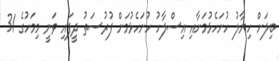
ބިލަށް ހިޔާލު ހުށަހެޅުމަށާއި އިސްލާހު ހުށަހެޅުމަށް ފުރުސަތު ދީފައި ވަނީ މިމަހުގެ 31